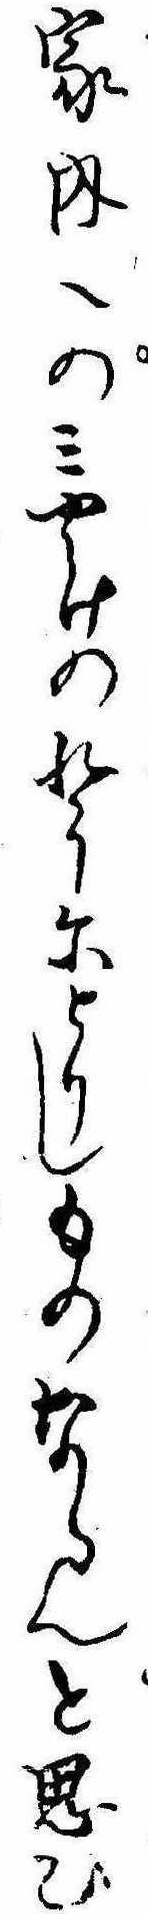
家内へのみやけのれうにとりしものならんと思ひ